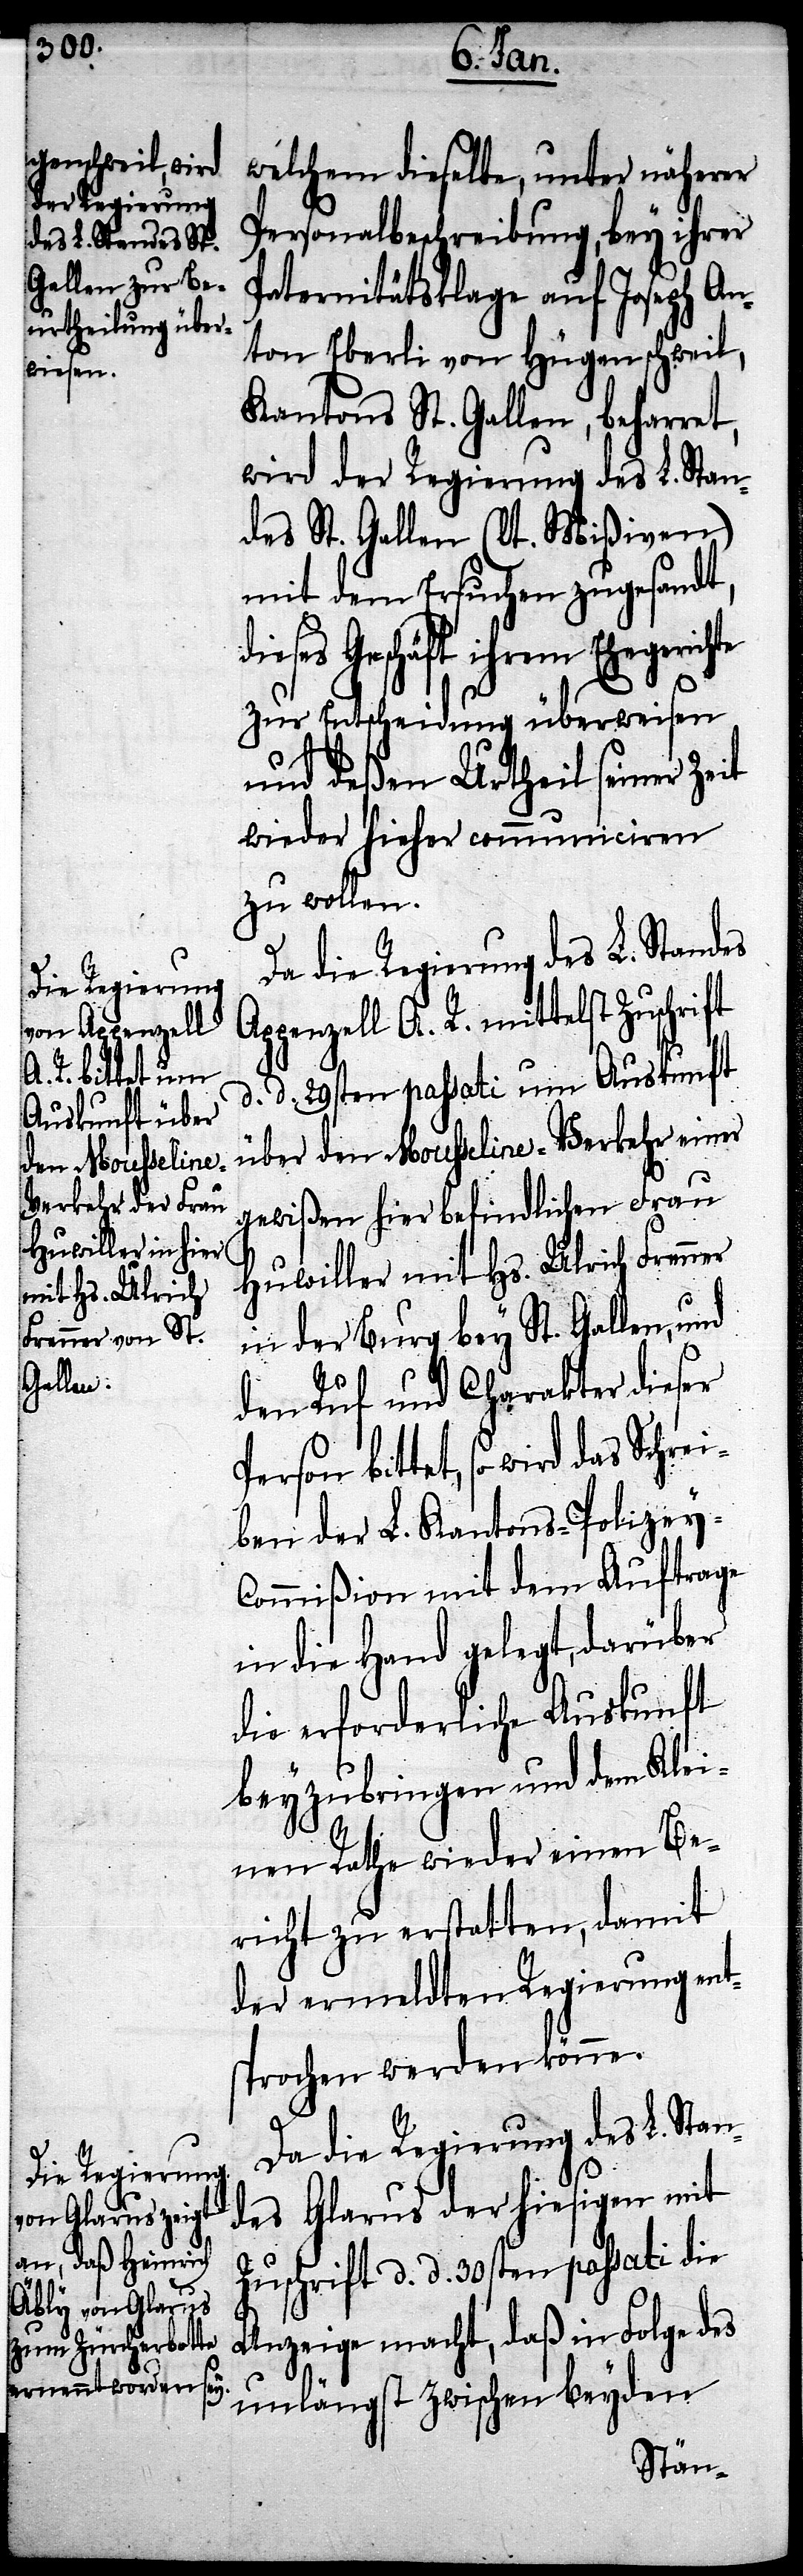
hte

welchem dieselbe, unter näherer
Personalbeschreibung, bey ihrer
Paternitätsklage auf Joseph An¬
ton Eberli von Hügenschweil,
Kantons St. Gallen, beharret,
wird der Regierung des L. Stan¬
des St. Gallen (lt. Mißiven)
mit dem Ersuchen zugesandt,
Geschäft ihrem Ehegeric¬
zur Entscheidung überweisen
und deßen Urtheil seiner Zeit
wieder hieher communiciren
zu wollen.
Da die Regierung des L. Standes
zell A. .R. mittelst Zuschrift
d. 29sten passati um Auskunft
über den Mousseline-Verkehr einer
gewißen hier befindlichen Frau
Huwiller mit Hs. Ulrich Frenner
in der Burg bey St. Gallen, und
den Ruf und Charakter dieser
bittet, so wird das Schrei¬
ben der L. Kantons-Polizey-C¬
ommißion mit dem Auftrage
in die Hand gelegt, darüber
die erforderliche Auskunft
beyzubringen und dem Klei¬
nen Rathe wieder einen Be¬
richt zu erstatten, damit
der ermeldten Regierung ent¬
sprochen werden könne.
Da die Regierung des L. Sta¬
ndes Glarus der hiesigen mit
Zuschrift d. d. 30sten passati die
Anzeige macht, daß in Folge des
unlängst zwischen beyden
Appen¬